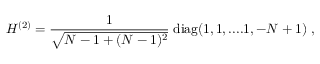
H ^ { ( 2 ) } = \frac { 1 } { \sqrt { N - 1 + ( N - 1 ) ^ { 2 } } } \; \mathrm { d i a g } ( 1 , 1 , . . . . 1 , - N + 1 ) \; ,